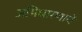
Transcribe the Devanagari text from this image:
अभिधारणायें